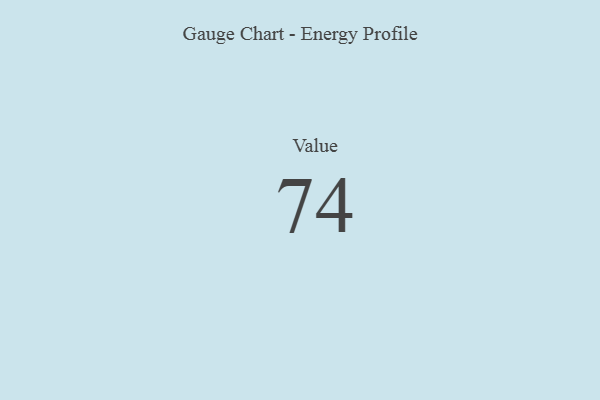
{"axis": {"x": "Metric", "y": "Value"}, "legend": [""], "data": [{"x": "Value", "y": 74, "type": ""}]}